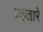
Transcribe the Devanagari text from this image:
ग्रहतारे